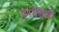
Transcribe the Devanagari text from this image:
पुरोद्भिदी